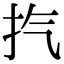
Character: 㧉